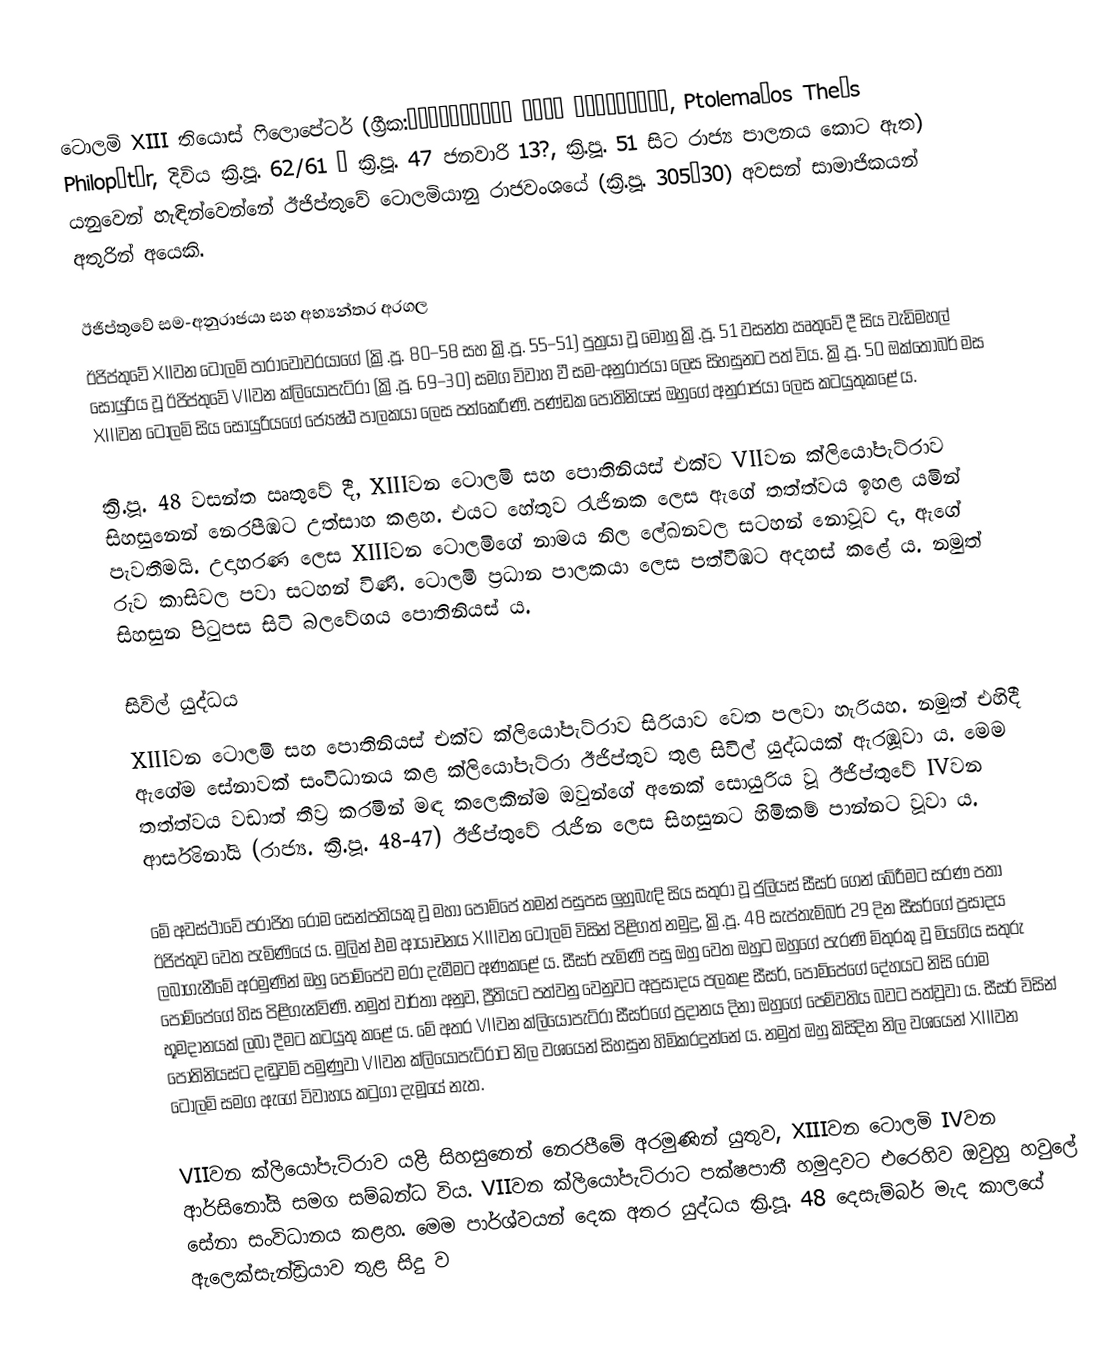
ටොලමි XIII තියොස් ෆිලොපේටර් (ග්‍රීක:Πτολεμαῖος Θεός Φιλοπάτωρ, Ptolemaĩos Theós Philopátōr, දිවිය ක්‍රි.පූ. 62/61 – ක්‍රි.පූ. 47 ජනවාරි 13?, ක්‍රි.පූ. 51 සිට රාජ්‍ය පාලනය කොට ඇත) යනුවෙන් හැඳින්වෙන්නේ ඊජිප්තුවේ ටොලමියානු රාජවංශයේ (ක්‍රි.පූ. 305–30) අවසන් සාමාජිකයන් අතුරින් අයෙකි.

ඊජිප්තුවේ සම-අනුරාජයා සහ අභ්‍යන්තර අරගල
ඊජිප්තුවේ XIIවන ටොලමි පාරාවෝවරයාගේ (ක්‍රි.පූ. 80–58 සහ ක්‍රි.පූ. 55–51) පුත්‍රයා වූ මොහු ක්‍රි.පූ. 51 වසන්ත ඍතු‍වේ දී සිය වැඩිමහල් සොයුරිය වූ ඊජිප්තුවේ VIIවන ක්ලියෝපැට්රා (ක්‍රි.පූ. 69–30) සමග විවාහ වී සම-අනුරාජයා ලෙස සිහසුනට පත් විය. ක්‍රි.පූ. 50 ඔක්තෝබර් මස XIIIවන ටොලමි සිය සොයුරියගේ ජ්‍යෙෂ්ඨ පාලකයා ලෙස පත්කෙරිණි. පණ්ඩක පොතිනියස් ඔහුගේ අනුරාජයා ලෙස කටයුතුකළේ ය.

ක්‍රි.පූ. 48 වසන්ත ඍතුවේ දී, XIIIවන ටොලමි සහ පොතිනියස් එක්ව VIIවන ක්ලියෝපැට්රාව සිහසුනෙන් නෙරපීඹට උත්සාහ කළහ. එයට හේතුව රැජිනක ලෙස ඇගේ තත්ත්වය ඉහළ යමින් පැවතීමයි. උදාහරණ ලෙස XIIIවන ටොලමිගේ නාමය නිල ලේඛනවල සටහන් නොවූව ද, ඇගේ රුව කාසිවල පවා සටහන් විණි. ටොලමි ප්‍රධාන පාලකයා ලෙස පත්වීඹට අදහස් කළේ ය. නමුත් සිහසුන පිටුපස සිටි බලවේගය පොතිනියස් ය.

සිවිල් යුද්ධය
XIIIවන ටොලමි සහ පොතිනියස් එක්ව ක්ලියෝපැට්රාව සිරියාව වෙත පලවා හැරියහ. නමුත් එහිදී ඇගේම සේනාවක් සංවිධානය කළ ක්ලියෝපැට්රා ඊජිප්තුව තුළ සිවිල් යුද්ධයක් ඇරඹූවා ය. මෙම තත්ත්වය වඩාත් තීව්‍ර කරමින් මඳ කලෙකින්ම ඔවුන්ගේ අනෙක් සොයුරිය වූ ඊජිප්තුවේ IVවන ආර්සිනෝයි (රාජ්‍ය. ක්‍රි.පූ. 48-47) ඊජිප්තුවේ රැජින ලෙස සිහසුනට හිමිකම් පාන්නට වූවා ය.

මේ අවස්ථාවේ පරාජිත රෝම සෙන්පතියකු වූ මහා පොම්පේ තමන් පසුපස ලුහුබැඳි සිය සතුරා වූ ජුලියස් සීසර් ගෙන් බේරීමට සරණ පතා ඊජිප්තුව වෙත පැමිණියේ ය. මුලින් එම ආයාචනය XIIIවන ටොලමි විසින් පිළිගත් නමුදු, ක්‍රි.පූ. 48 සැප්තැම්බර් 29 දින සීසර්ගේ ප්‍රසාදය ලබාගැනීමේ අරමුණින් ඔහු පොම්පේව මරා දැමීමට අණකළේ ය. සීසර් පැමිණි පසු ඔහු වෙත ඔහුට ඔහුගේ පැරණි මිතුරකු වූ මියගිය සතුරු පොම්පේගේ හිස පිළිගැන්විණි. නමුත් වාර්තා අනුව, ප්‍රීතියට පත්වනු වෙනුවට අප්‍රසාදය පලකළ සීසර්, පොම්පේගේ දේහයට නිසි රෝම භූමදානයක් ලබා දීමට කටයුතු කළේ ය. මේ අතර VIIවන ක්ලියෝපැට්රා සීසර්ගේ ප්‍රදානය දිනා ඔහුගේ පෙම්වතිය බවට පත්වූවා ය. සීසර් විසින් පොතිනියස්ට දඬුවම් පමුණුවා VIIවන ක්ලියෝපැට්රාට නිල වශයෙන් සිහසුන හිමිකරදුන්නේ ය. නමුත් ඔහු කිසිදින නිල වශයෙන් XIIIවන ටොලමි සමග ඇගේ විවාහය කටුගා දැමූයේ නැත.

VIIවන ක්ලියෝපැට්රාව යළි සිහසුනෙන් නෙරපීමේ අරමුණින් යුතුව, XIIIවන ටොලමි IVවන ආර්සිනෝයි සමග සම්බන්ධ විය. VIIවන ක්ලියෝපැට්රාට පක්ෂපාතී හමුදාවට එරෙහිව ඔවුහු හවුලේ සේනා සංවිධානය කළහ. මෙම පාර්ශ්වයන් දෙක අතර යුද්ධය ක්‍රි.පූ. 48 දෙසැම්බර් මැද කාලයේ ඇලෙක්සැන්ඩ්‍රියාව තුළ සිදු ව